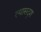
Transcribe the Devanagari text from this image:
त्यासदृश